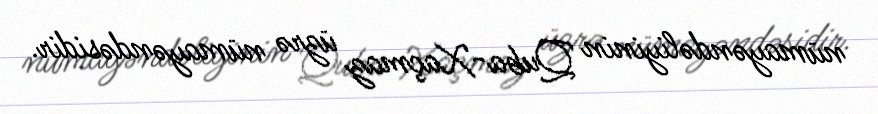
nümayəndəliyinin Quba-Xaçmaz üzrə nümayəndəsidir.